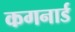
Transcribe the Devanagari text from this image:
कगनार्ड